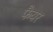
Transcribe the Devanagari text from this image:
फैयर